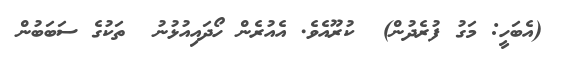
(އެބަހީ: މަގު ފުރެދުން)  ކުރޫއެވެ. އެއުރެން ހޯދައިއުޅުނު  ތަކުގެ ސަބަބުން